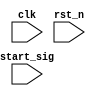
module exp_with_en
(
    input clk,
    input rst_n,
    
    input start_sig
);

    reg [3:0] c1;
    reg en;
    reg [1:0] i;
    
    always @(posedge clk or negedge rst_n)
    begin
        if(~rst_n)
        begin
            c1 <= 4'd0;
            en <= 1'b0;
            i <= 2'd0;
        end
        else if(start_sig)
        begin
            case(i)
                
                
                0:
                if(c1 == 10-1) begin  c1 <= 4'd0; en <= 1'b0; i <= i + 1'b1; end
                else begin c1 <= c1 + 1'b1; en <= 1'b1; end
                
                /*
                0,1:
                if(c1 == 10-1) begin  c1 <= 4'd0; en <= 1'b0; i <= i + 1'b1; end
                else begin c1 <= c1 + 1'b1; en <= 1'b1; end
                */
                
                1:
                begin i <= 2'd0; end
                
            endcase
        end
    end
    
endmodule